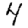
Digit: 4